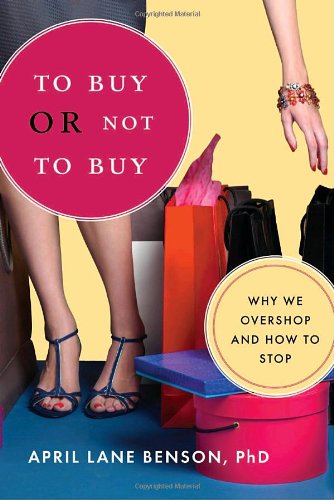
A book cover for To Buy or Not to Buy: Why We Overshop and How to Stop; April Benson; Health, Fitness & Dieting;